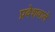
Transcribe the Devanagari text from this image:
प्रवेशवाले